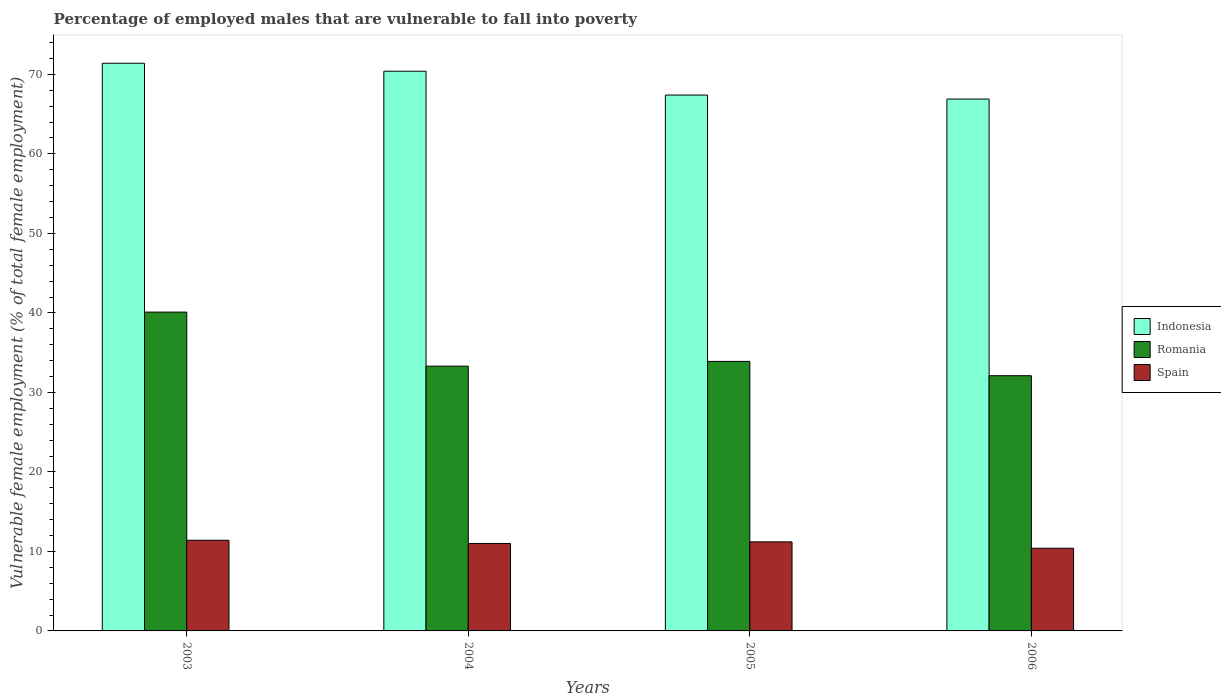
| Years | Indonesia | Romania | Spain |
 | --- | --- | --- | --- |
 | 2003 | 71.4 | 40.1 | 11.4 |
 | 2004 | 70.4 | 33.3 | 11 |
 | 2005 | 67.4 | 33.9 | 11.2 |
 | 2006 | 66.9 | 32.1 | 10.4 |